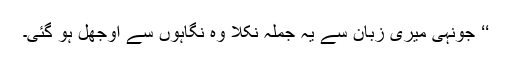
‘‘ جونہی میری زبان سے یہ جملہ نکلا وہ نگاہوں سے اوجھل ہو گئی۔